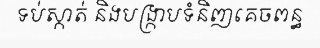
ទប់ស្កាត់ និងបង្ក្រាបទំនិញគេចពន្ធ